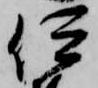
伊